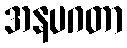
အနပဂတာ